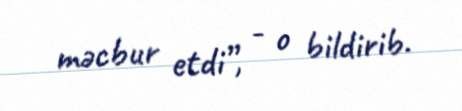
məcbur etdi”, - o bildirib.